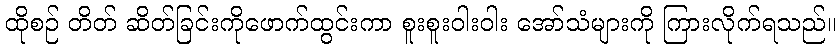
ထိုစဉ် တိတ် ဆိတ်ခြင်းကိုဖောက်ထွင်းကာ စူးစူးဝါးဝါး အော်သံများကို ကြားလိုက်ရသည်။